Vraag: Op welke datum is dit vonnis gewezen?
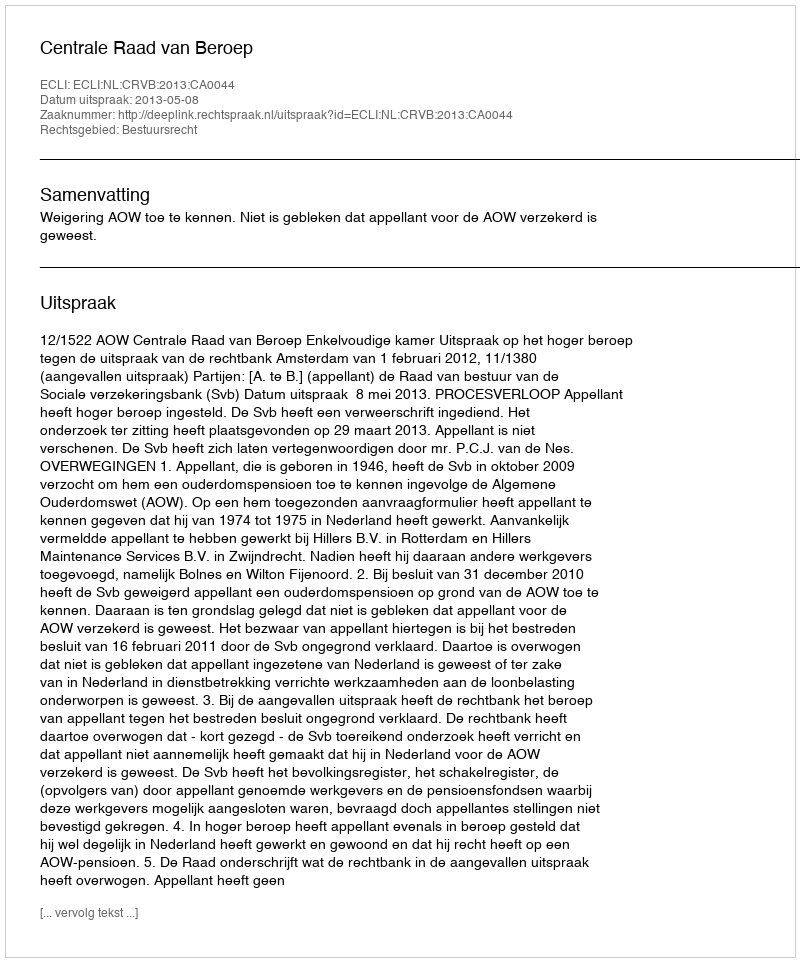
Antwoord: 2013-05-08